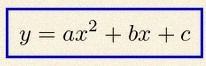
y=ax^2+bx+c